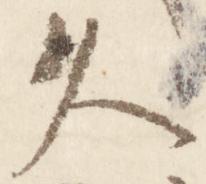
久